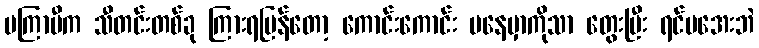
မကြာမီက သီတင်းတစ်ခု ကြားရပြန်တော့ ကောင်းကောင်း မနေမှာကိုသာ တွေးပြီး ရင်မအေးဘဲ